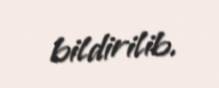
bildirilib.